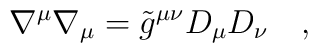
\nabla^\mu\nabla_\mu=\tilde{g}^{\mu\nu}D_\mu D_\nu~~~,